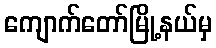
ကျောက်တော်မြို့နယ်မှ